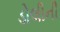
ડોલીની